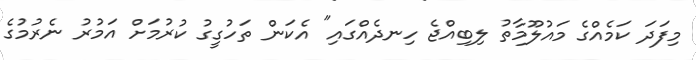
މިފަދަ ކަމެއްގެ މައުލޫމާތު ލިބިއްޖެ ހިނދެއްގައި" އެކަން ތަހުގީގު ކުރުމަށް އަމުރު ނެރުމުގެ